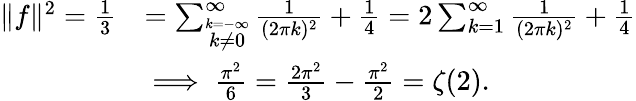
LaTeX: {\begin{array}{rl}{\| f\| ^{2}={\frac{1}{3}}}&{=\sum_{\stackrel{k=-\infty}{k\neq 0}}^{\infty}{\frac{1}{(2\pi k)^{2}}}+{\frac{1}{4}}=2\sum_{k=1}^{\infty}{\frac{1}{(2\pi k)^{2}}}+{\frac{1}{4}}}\\ &{\implies{\frac{\pi^{2}}{6}}={\frac{2\pi^{2}}{3}}-{\frac{\pi^{2}}{2}}=\zeta(2).}\end{array}}